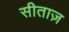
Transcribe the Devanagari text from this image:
सीताज़